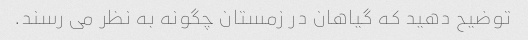
توضیح دهید که گیاهان در زمستان چگونه به نظر می رسند.